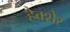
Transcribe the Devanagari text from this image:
हेक्शेर